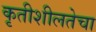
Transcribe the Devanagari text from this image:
कृतीशीलतेचा